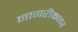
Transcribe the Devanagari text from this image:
नागरीकावर